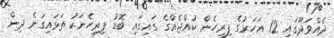
ދެއްވަދޫގައި 12 އަހަރުގެ ފިރިހެން ކުއްޖެއްގެ ގައިގައި ބޮޑު ފިރިހެނަކު ތަޅައިގަނެ ދިން